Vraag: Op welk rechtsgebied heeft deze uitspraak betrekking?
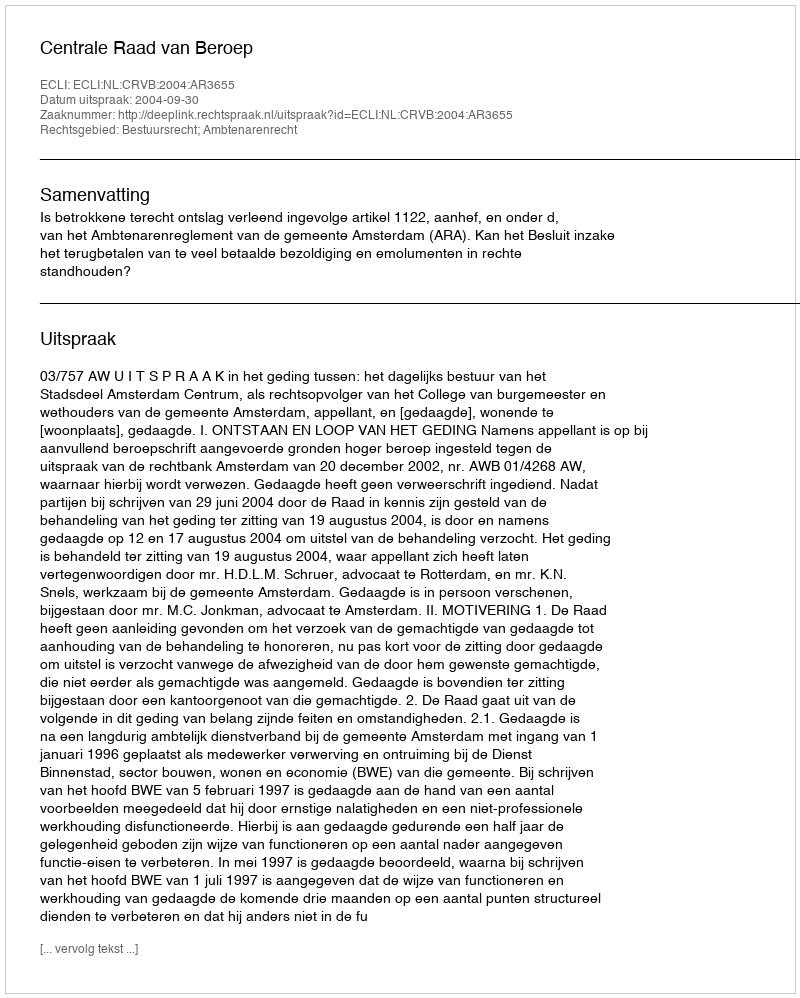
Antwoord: Bestuursrecht; Ambtenarenrecht